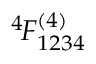
^ { 4 \! } F _ { 1 2 3 4 } ^ { ( 4 ) }